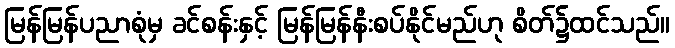
မြန်မြန်ပညာစုံမှ ခင်စန်းနှင့် မြန်မြန်နီးစပ်နိုင်မည်ဟု စိတ်၌ထင်သည်။